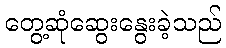
တွေ့ဆုံဆွေးနွေးခဲ့သည်